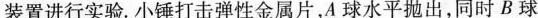
装置进行实.小锤打击弹性金属片，A球水平抛出，同时B球